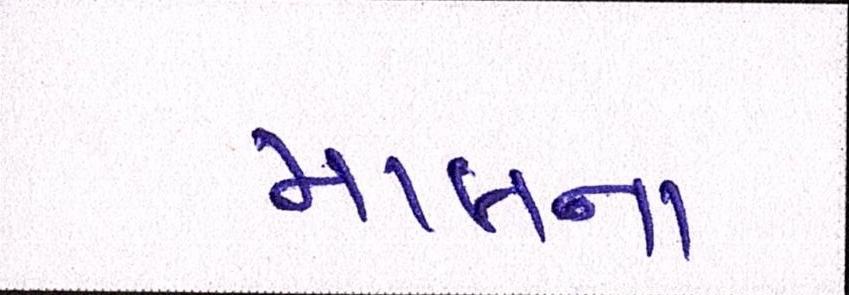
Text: માલના